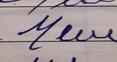
Signature authenticity: forged